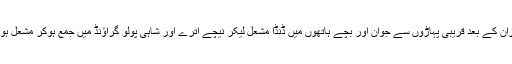
مغرب کے ازان کے بعد قریبی پہاڑوں سے جوان اور بچے ہاتھوں میں ڈنڈا مشعل لیکر نیچے اترے اور شاہی پولو گراؤنڈ میں جمع ہوکر مشعل ہوا میں لہرائے۔